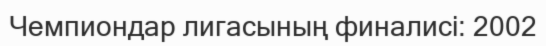
Чемпиондар лигасының финалисі: 2002